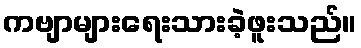
ကဗျာများရေးသားခဲ့ဖူးသည်။